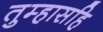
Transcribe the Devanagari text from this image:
तुम्हासहि